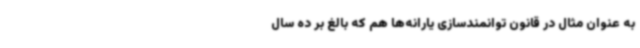
به عنوان مثال در قانون توانمندسازی یارانه‌ها هم که بالغ بر ده سال